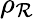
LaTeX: \rho_{\mathcal{R}}